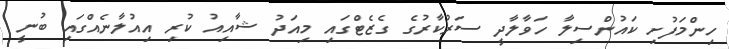
ހިންމަފުށި ކައުންސިލާ ހަވާލާދީ ސަރުކާރުގެ ގެޒެޓްގައި މިއަދު ޝާއިއު ކުރި އިއުލާނެއްގައި ބުނީ